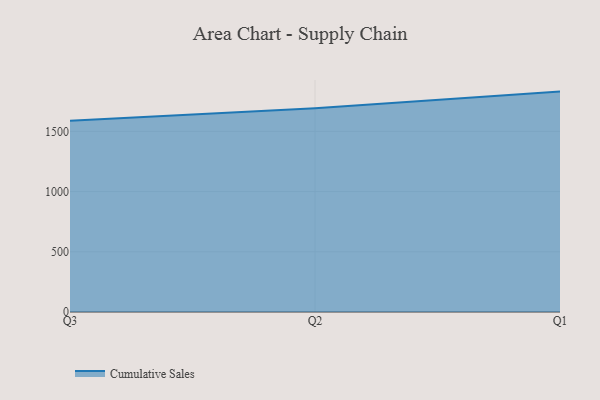
{"axis": {"x": "Quarter", "y": "Active Users"}, "legend": ["Cumulative Sales"], "data": [{"x": "Q3", "y": 1587.3, "type": "Cumulative Sales"}, {"x": "Q2", "y": 1692.6, "type": "Cumulative Sales"}, {"x": "Q1", "y": 1830.3, "type": "Cumulative Sales"}]}